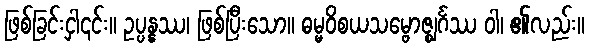
ဖြစ်ခြင်းငှါ၎င်း။ ဥပ္ပန္နဿ၊ ဖြစ်ပြီးသော။ ဓမ္မဝိစယသမ္ဗောဇ္ဈင်္ဂဿ ဝါ၊ ၏လည်း။